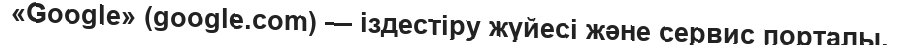
«Google» (google.com) — iздестiру жүйесi және сервис порталы.